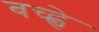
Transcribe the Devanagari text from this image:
बच्ह्चे